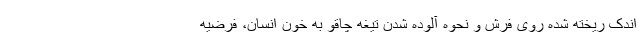
اندک ریخته شده روی فرش و نحوه آلوده شدن تیغه چاقو به خون انسان، فرضیه